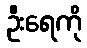
ဦးရေကို